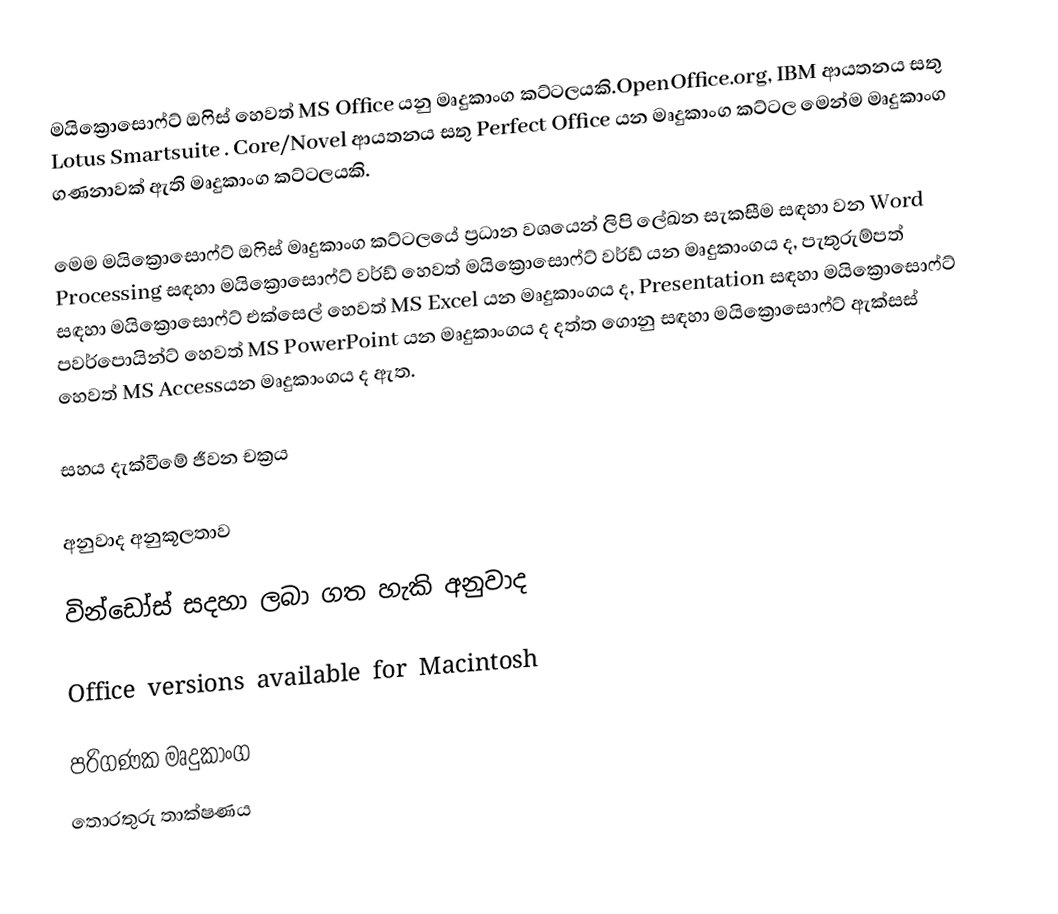
මයික්‍රොසොෆ්ට් ඔෆිස් හෙවත් MS Office යනු මෘදුකාංග කට්ටලයකි.OpenOffice.org, IBM ආයතනය සතු Lotus Smartsuite . Core/Novel ආයතනය සතු Perfect Office යන මෘදුකාංග කට්ටල මෙන්ම  මෘදුකාංග ගණනාවක් ඇති මෘදුකාංග කට්ටලයකි.

මෙම මයික්‍රොසොෆ්ට් ඔෆිස් මෘදුකාංග  කට්ටලයේ ප්‍රධාන වශයෙන් ලිපි  ලේඛන සැකසීම සඳහා වන Word Processing සඳහා මයික්‍රොසොෆ්ට් වර්ඩ් හෙවත් මයික්‍රොසොෆ්ට් වර්ඩ් යන මෘදුකාංගය ද, පැතුරුම්පත් සඳහා මයික්‍රොසොෆ්ට් එක්සෙල් හෙවත් MS Excel යන මෘදුකාංගය ද, Presentation සඳහා මයික්‍රොසොෆ්ට් පවර්පොයින්ට් හෙවත් MS PowerPoint යන මෘදුකාංගය  ද දත්ත ගොනු සඳහා මයික්‍රොසොෆ්ට් ඇක්සස් හෙවත් MS Accessයන මෘදුකාංගය ද ඇත.

සහය දැක්වීමේ ජීවන චක්‍රය

අනුවාද අනුකූලතාව

වින්ඩෝස් සදහා ලබා ගත හැකි අනුවාද

Office versions available for Macintosh

පරිගණක මෘදුකාංග
තොරතුරු තාක්ෂණය